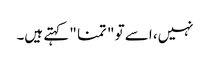
نہیں، اسے تو " تمنا " کہتے ہیں۔